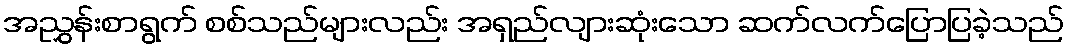
အညွှန်းစာရွက် စစ်သည်များလည်း အရှည်လျားဆုံးသော ဆက်လက်ပြောပြခဲ့သည်